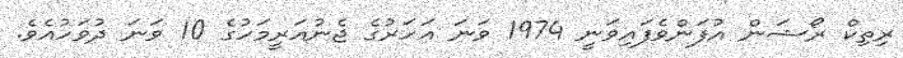
ރިތިކް ރޯޝަން އުފަންވެފައިވަނީ 1974 ވަނަ އަހަރުގެ ޖެނުއަރީމަހުގެ 10 ވަނަ ދުވަހުއެވެ.